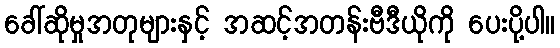
ခေါ်ဆိုမှုအတုများနှင့် အဆင့်အတန်းဗီဒီယိုကို ပေးပို့ပါ။